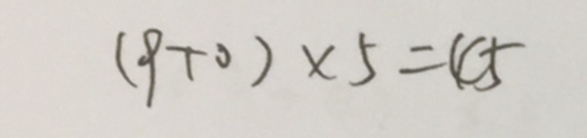
( 9 + 0 ) \times 5 = 4 5